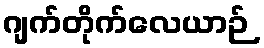
ဂျက်တိုက်လေယာဉ်